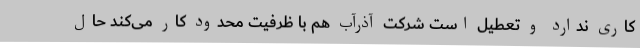
کاری ندارد و تعطیل است شرکت آذرآب هم با ظرفیت محدود کار می‌کند حال